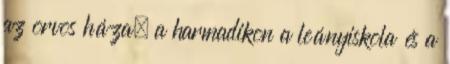
az orvos háza, a harmadikon a leányiskola és a